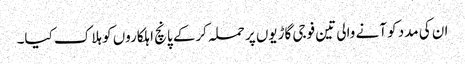
ان کی مدد کو آنے والی تین فوجی گاڑیوں پر حملہ کرکے پانچ اہلکاروں کو ہلاک کیا۔